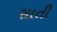
સાતી